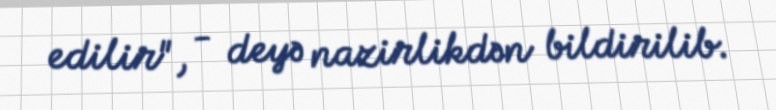
edilir", - deyə nazirlikdən bildirilib.